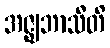
အဇ္ဈဘာသီတိ